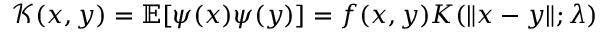
\mathscr { K } ( x , y ) = \mathbb { E } [ \psi ( x ) \psi ( y ) ] = f ( x , y ) K ( \| x - y \| ; \lambda )